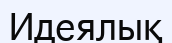
Идеялық